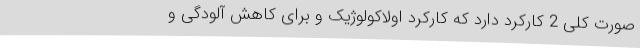
صورت کلی 2 کارکرد دارد که کارکرد اولاکولوژیک و برای کاهش آلودگی و